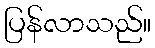
ပြန်လာသည်။